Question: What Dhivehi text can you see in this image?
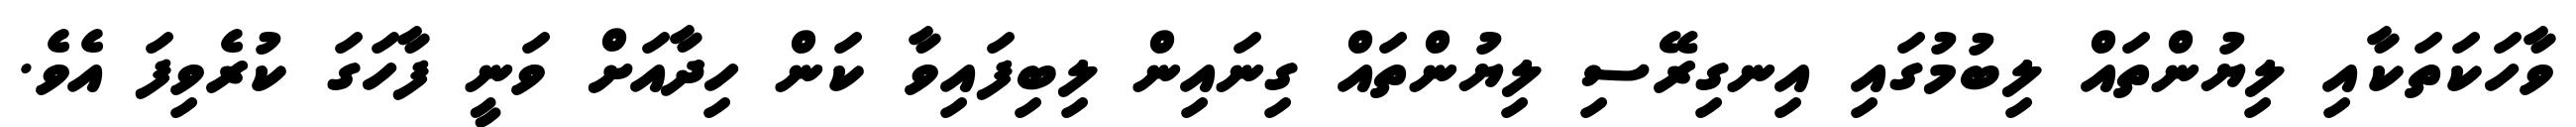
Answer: ވާހަކަތަކާއި ލިޔުންތައް ލިބުމުގައި އިނގިރޭސި ލިޔުންތައް ގިނައިން ލިބިފައިވާ ކަން ހިދާއަށް ވަނީ ފާހަގަ ކުރެވިފަ އެވެ.